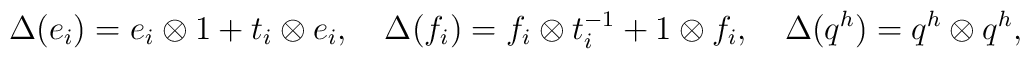
\Delta(e_i)=e_i\otimes 1+t_i\otimes e_i,\quad\Delta(f_i)=f_i\otimes t_i^{-1}+1\otimes f_i,\quad\Delta(q^h)=q^h\otimes q^h,